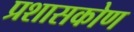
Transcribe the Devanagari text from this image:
प्रशासकोण